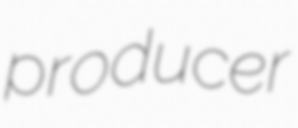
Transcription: producer